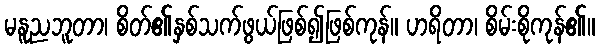
မနူညဘူတာ၊ စိတ်၏နှစ်သက်ဖွယ်ဖြစ်၍ဖြစ်ကုန်။ ဟရိတာ၊ စိမ်းစိုကုန်၏။